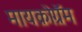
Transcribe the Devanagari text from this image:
मायक्रोग्रॅम